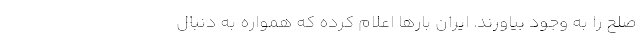
صلح را به وجود بیاورند. ایران بارها اعلام کرده که همواره به دنبال